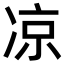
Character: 凉